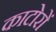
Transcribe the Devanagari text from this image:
काटोरों